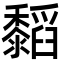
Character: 䵚